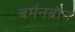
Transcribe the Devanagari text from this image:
बर्मनब्रौन